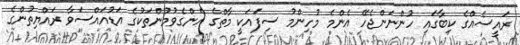
ރައީސެއްގެ ކިބާގައި ހުންނަންޖެހޭ އެންމެ މުހިންމު ސިފައަކީ މާތްގެ އެންގެވުމުންތަކުގެ އަޑުއައްސަވާ ރައްޔިތުންގެ